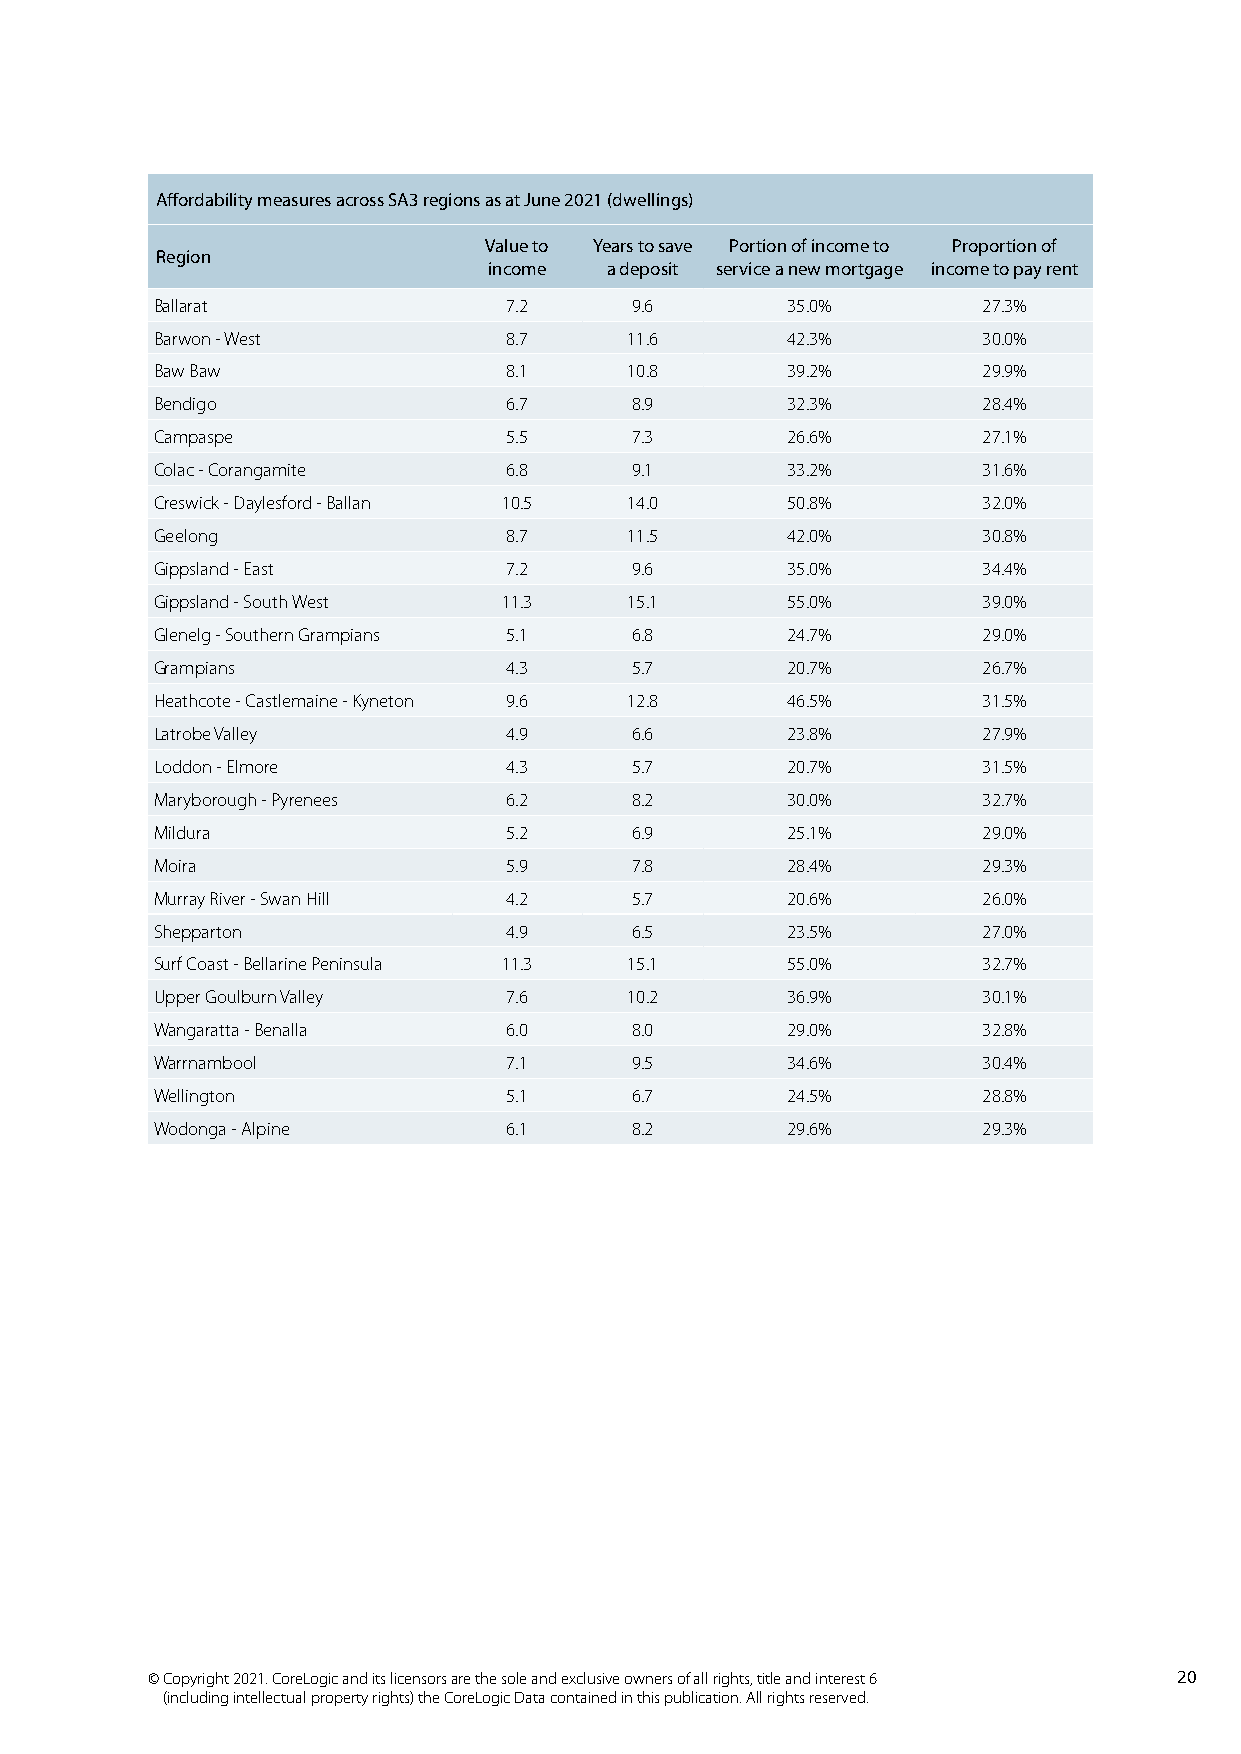
Affordability measures across SA3 regions as at June 2021 (dwellings)
 Value to Years to save Portion of income to Proportion of
 Region
 income  a deposit service a new mortgage income to pay rent
 Ballarat               7.2      9.6       35.0%        27.3%
 Barwon - West          8.7      11.6      42.3%        30.0%
 Baw Baw                8.1      10.8      39.2%        29.9%
 Bendigo                6.7      8.9       32.3%        28.4%
 Campaspe               5.5      7.3       26.6%        27.1%
 Colac - Corangamite    6.8      9.1       33.2%        31.6%
 Creswick - Daylesford - Ballan 10.5 14.0  50.8%        32.0%
 Geelong                8.7      11.5      42.0%        30.8%
 Gippsland - East       7.2      9.6       35.0%        34.4%
 Gippsland - South West 11.3     15.1      55.0%        39.0%
 Glenelg - Southern Grampians 5.1 6.8      24.7%        29.0%
 Grampians              4.3      5.7       20.7%        26.7%
 Heathcote - Castlemaine - Kyneton 9.6 12.8 46.5%       31.5%
 Latrobe Valley         4.9      6.6       23.8%        27.9%
 Loddon - Elmore        4.3      5.7       20.7%        31.5%
 Maryborough - Pyrenees 6.2      8.2       30.0%        32.7%
 Mildura                5.2      6.9       25.1%        29.0%
 Moira                  5.9      7.8       28.4%        29.3%
 Murray River - Swan Hill 4.2    5.7       20.6%        26.0%
 Shepparton             4.9      6.5       23.5%        27.0%
 Surf Coast - Bellarine Peninsula 11.3 15.1 55.0%       32.7%
 Upper Goulburn Valley  7.6      10.2      36.9%        30.1%
 Wangaratta - Benalla   6.0      8.0       29.0%        32.8%
 Warrnambool            7.1      9.5       34.6%        30.4%
 Wellington             5.1      6.7       24.5%        28.8%
 Wodonga - Alpine       6.1      8.2       29.6%        29.3%
 © Copyright 2021. CoreLogic and its licensors are the sole and exclusive owners of all rights, title and interest 6 20
 (including intellectual property rights) the CoreLogic Data contained in this publication. All rights reserved.